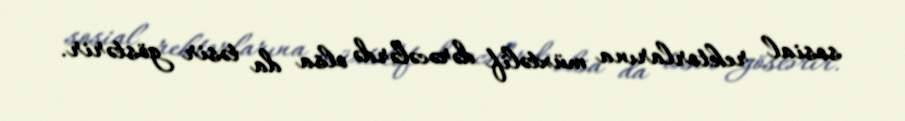
sosial rektorlarına müxtəlif dərəcələrdə olsa da təsir göstərir.